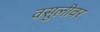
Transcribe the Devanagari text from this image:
वसुलीवर